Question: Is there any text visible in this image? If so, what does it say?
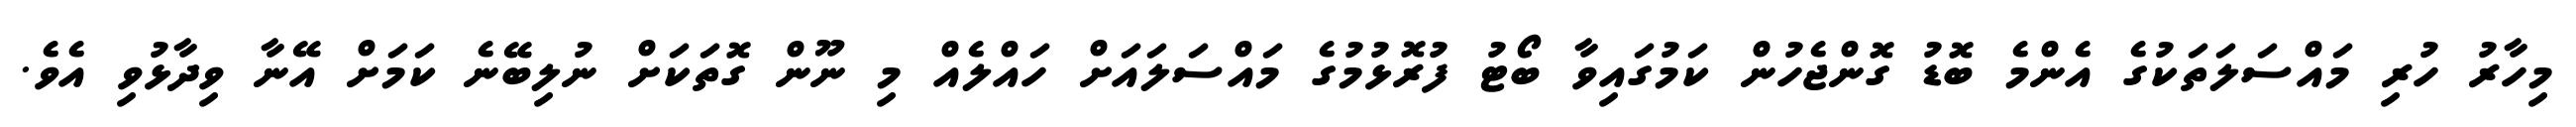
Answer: މިހާރު ހުރި މައްސަލަތަކުގެ އެންމެ ބޮޑު ގޮންޖެހުން ކަމުގައިވާ ބޯޓު ފުރޮޅުމުގެ މައްސަލައަށް ހައްލެއް މި ނޫން ގޮތަކަށް ނުލިބޭނެ ކަމަށް އޭނާ ވިދާޅުވި އެވެ.